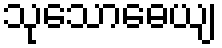
သုသောဓေယျ